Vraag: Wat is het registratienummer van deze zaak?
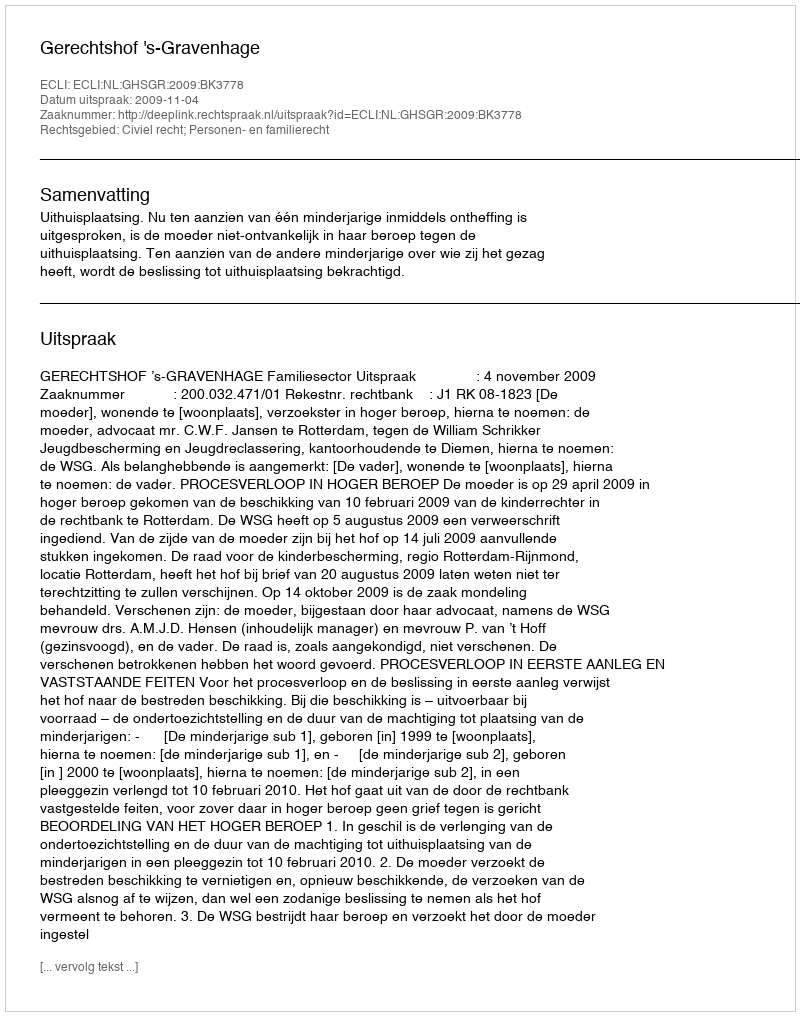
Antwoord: http://deeplink.rechtspraak.nl/uitspraak?id=ECLI:NL:GHSGR:2009:BK3778